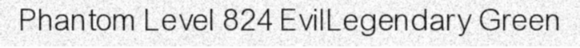
Phantom Level 824 EvilLegendary Green